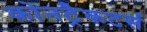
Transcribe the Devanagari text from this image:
कोनट्रैकटर्स